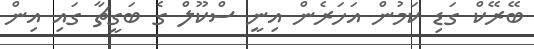
ބޭރޭކް ގަޑި ކަމުން އަހަރެން އިނީ ސްކޫލް ގެ ބަގީޗާ ގައި އިން